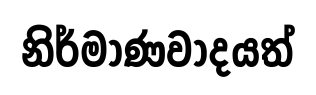
නිර්මාණවාදයත්